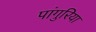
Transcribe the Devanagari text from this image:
पांगुरिया